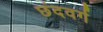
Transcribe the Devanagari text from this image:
छंदवर्ग